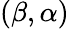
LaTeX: (\beta,\alpha)